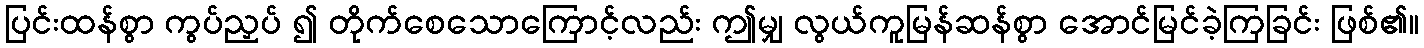
ပြင်းထန်စွာ ကွပ်ညှပ် ၍ တိုက်စေသောကြောင့်လည်း ဤမျှ လွယ်ကူမြန်ဆန်စွာ အောင်မြင်ခဲ့ကြခြင်း ဖြစ်၏။